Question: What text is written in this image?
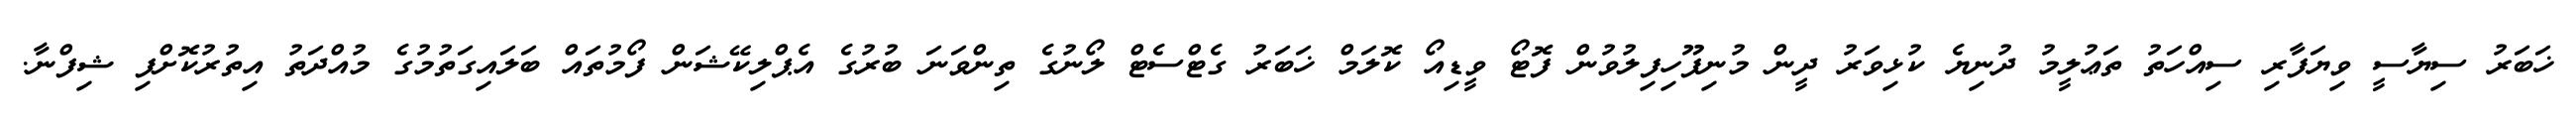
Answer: ޚަބަރު ސިޔާސީ ވިޔަފާރި ސިއްހަތު ތަޢުލީމު ދުނިޔެ ކުޅިވަރު ދީން މުނިފޫހިފިލުވުން ފޮޓޯ ވީޑިއޯ ކޮލަމް ޚަބަރު ގެޓްސެޓް ލޯނުގެ ތިންވަނަ ބުރުގެ އެޕްލިކޭޝަން ފޯމުތައް ބަލައިގަތުމުގެ މުއްދަތު އިތުރުކޮށްފި ޝިފްނާ.